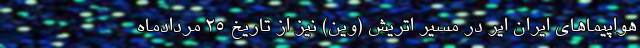
هواپیماهای ایران ایر در مسیر اتریش (وین) نیز از تاریخ ۲۵ مردادماه